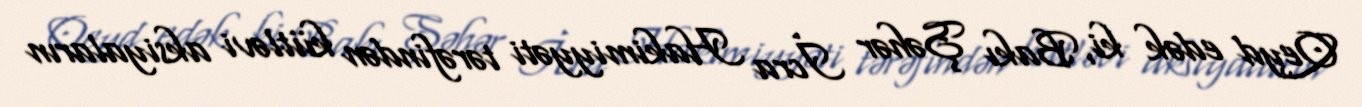
Qeyd edək ki, Bakı Şəhər İcra Hakimiyyəti tərəfindən kütləvi aksiyaların